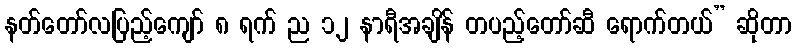
နတ်တော်လပြည့်ကျော် ၈ ရက် ည ၁၂ နာရီအချိန် တပည့်တော်ဆီ ရောက်တယ်” ဆိုတာ